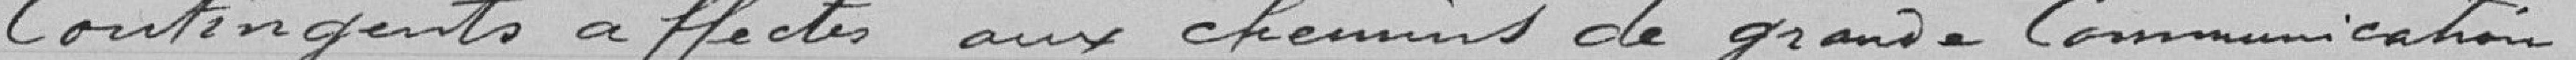
Contingents affectés aux chemins de grande communication